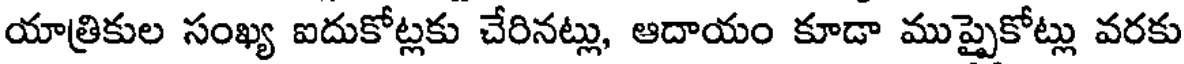
యాత్రికుల సంఖ్య ఐదుకోట్లకు చేరినట్లు, ఆదాయం కూడా ముప్పైకోట్లు వరకు